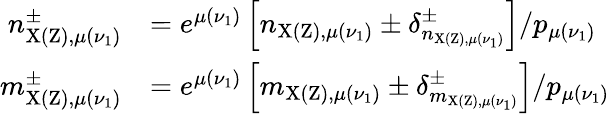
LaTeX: \begin{array}{rl}{n_{\mathrm{X(Z),}\mu(\nu_{1})}^{\pm}}&{=e^{\mu(\nu_{1})}\left[n_{\mathrm{X(Z),}\mu(\nu_{1})}\pm\delta_{n_{\mathrm{X(Z),}\mu(\nu_{1})}}^{\pm}\right]/p_{\mu(\nu_{1})}}\\ {m_{\mathrm{X(Z),}\mu(\nu_{1})}^{\pm}}&{=e^{\mu(\nu_{1})}\left[m_{\mathrm{X(Z),}\mu(\nu_{1})}\pm\delta_{m_{\mathrm{X(Z),}\mu(\nu_{1})}}^{\pm}\right]/p_{\mu(\nu_{1})}}\end{array}